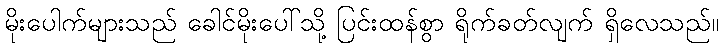
မိုးပေါက်များသည် ခေါင်မိုးပေါ်သို့ ပြင်းထန်စွာ ရိုက်ခတ်လျက် ရှိလေသည်။